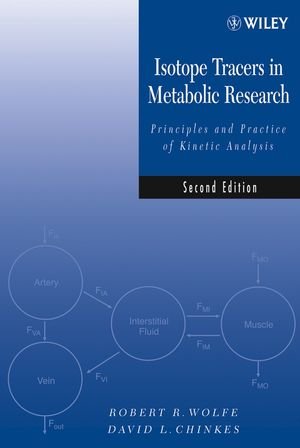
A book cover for Isotope Tracers in Metabolic Research: Principles and Practice of Kinetic Analysis; Robert R. Wolfe; Medical Books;